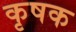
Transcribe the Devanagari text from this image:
कृषक